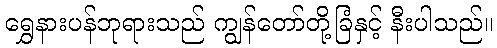
ရွှေနားပန်ဘုရားသည် ကျွန်တော်တို့ခြံနှင့် နီးပါသည်။